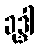
ခုဒ္ဒါ